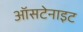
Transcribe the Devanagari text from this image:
ऑसटेनाइट